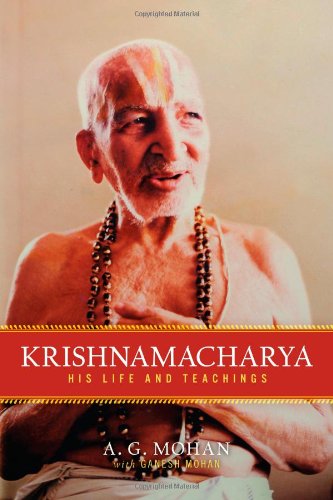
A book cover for Krishnamacharya: His Life and Teachings; A.G. Mohan; Biographies & Memoirs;